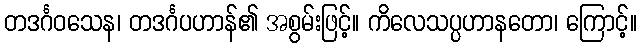
တဒင်္ဂဝသေန၊ တဒင်္ဂပဟာန်၏ အစွမ်းဖြင့်။ ကိလေသပ္ပဟာနတော၊ ကြောင့်။